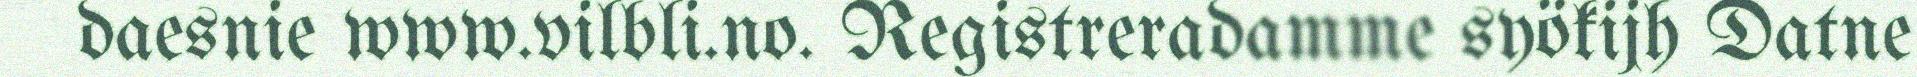
daesnie www.vilbli.no. Registreradamme syökijh Datne